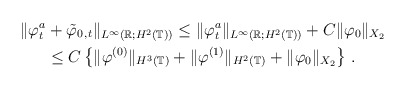
\begin{align*}\Vert\varphi^a_t &+\tilde{\varphi}_{0\,,t}\Vert_{L^\infty(\mathbb R;H^2(\mathbb T))}\le \Vert\varphi^a_t\Vert_{L^\infty(\mathbb R;H^2(\mathbb T))}+ C \Vert\varphi_0\Vert_{X_2}\\&\le C\left\{\Vert\varphi^{(0)}\Vert_{H^3(\mathbb T)}+\Vert\varphi^{(1)}\Vert_{H^2(\mathbb T)}+\Vert\varphi_0\Vert_{X_2} \right\} \,.\end{align*}